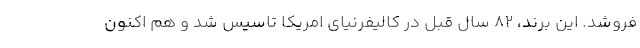
فروشد. این برند، 82 سال قبل در کالیفرنیای امریکا تاسیس شد و هم اکنون